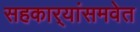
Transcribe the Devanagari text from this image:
सहकार्‍यांसमवेत